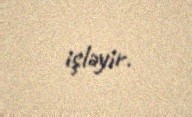
işləyir.